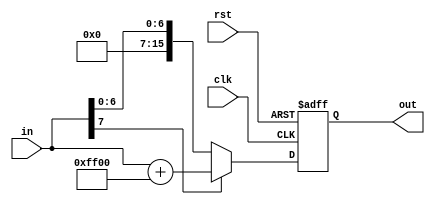
module extend_8_16s (rst, clk, in, out);

    input rst, clk;
    input [7:0] in;
    output [15:0] out;
    reg [15:0] out;

        always @ (negedge rst or posedge clk) begin
          if(!rst) begin
                out <= #1 16'h0000;
          end else if(in[7])
                out <= #1 in + 16'hFF00;
          else
                out <= #1 in;
         end
endmodule